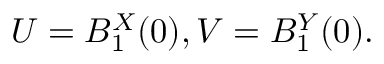
U = B _ { 1 } ^ { X } ( 0 ) , V = B _ { 1 } ^ { Y } ( 0 ) .